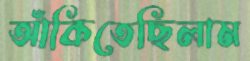
আঁকিতেছিলাম